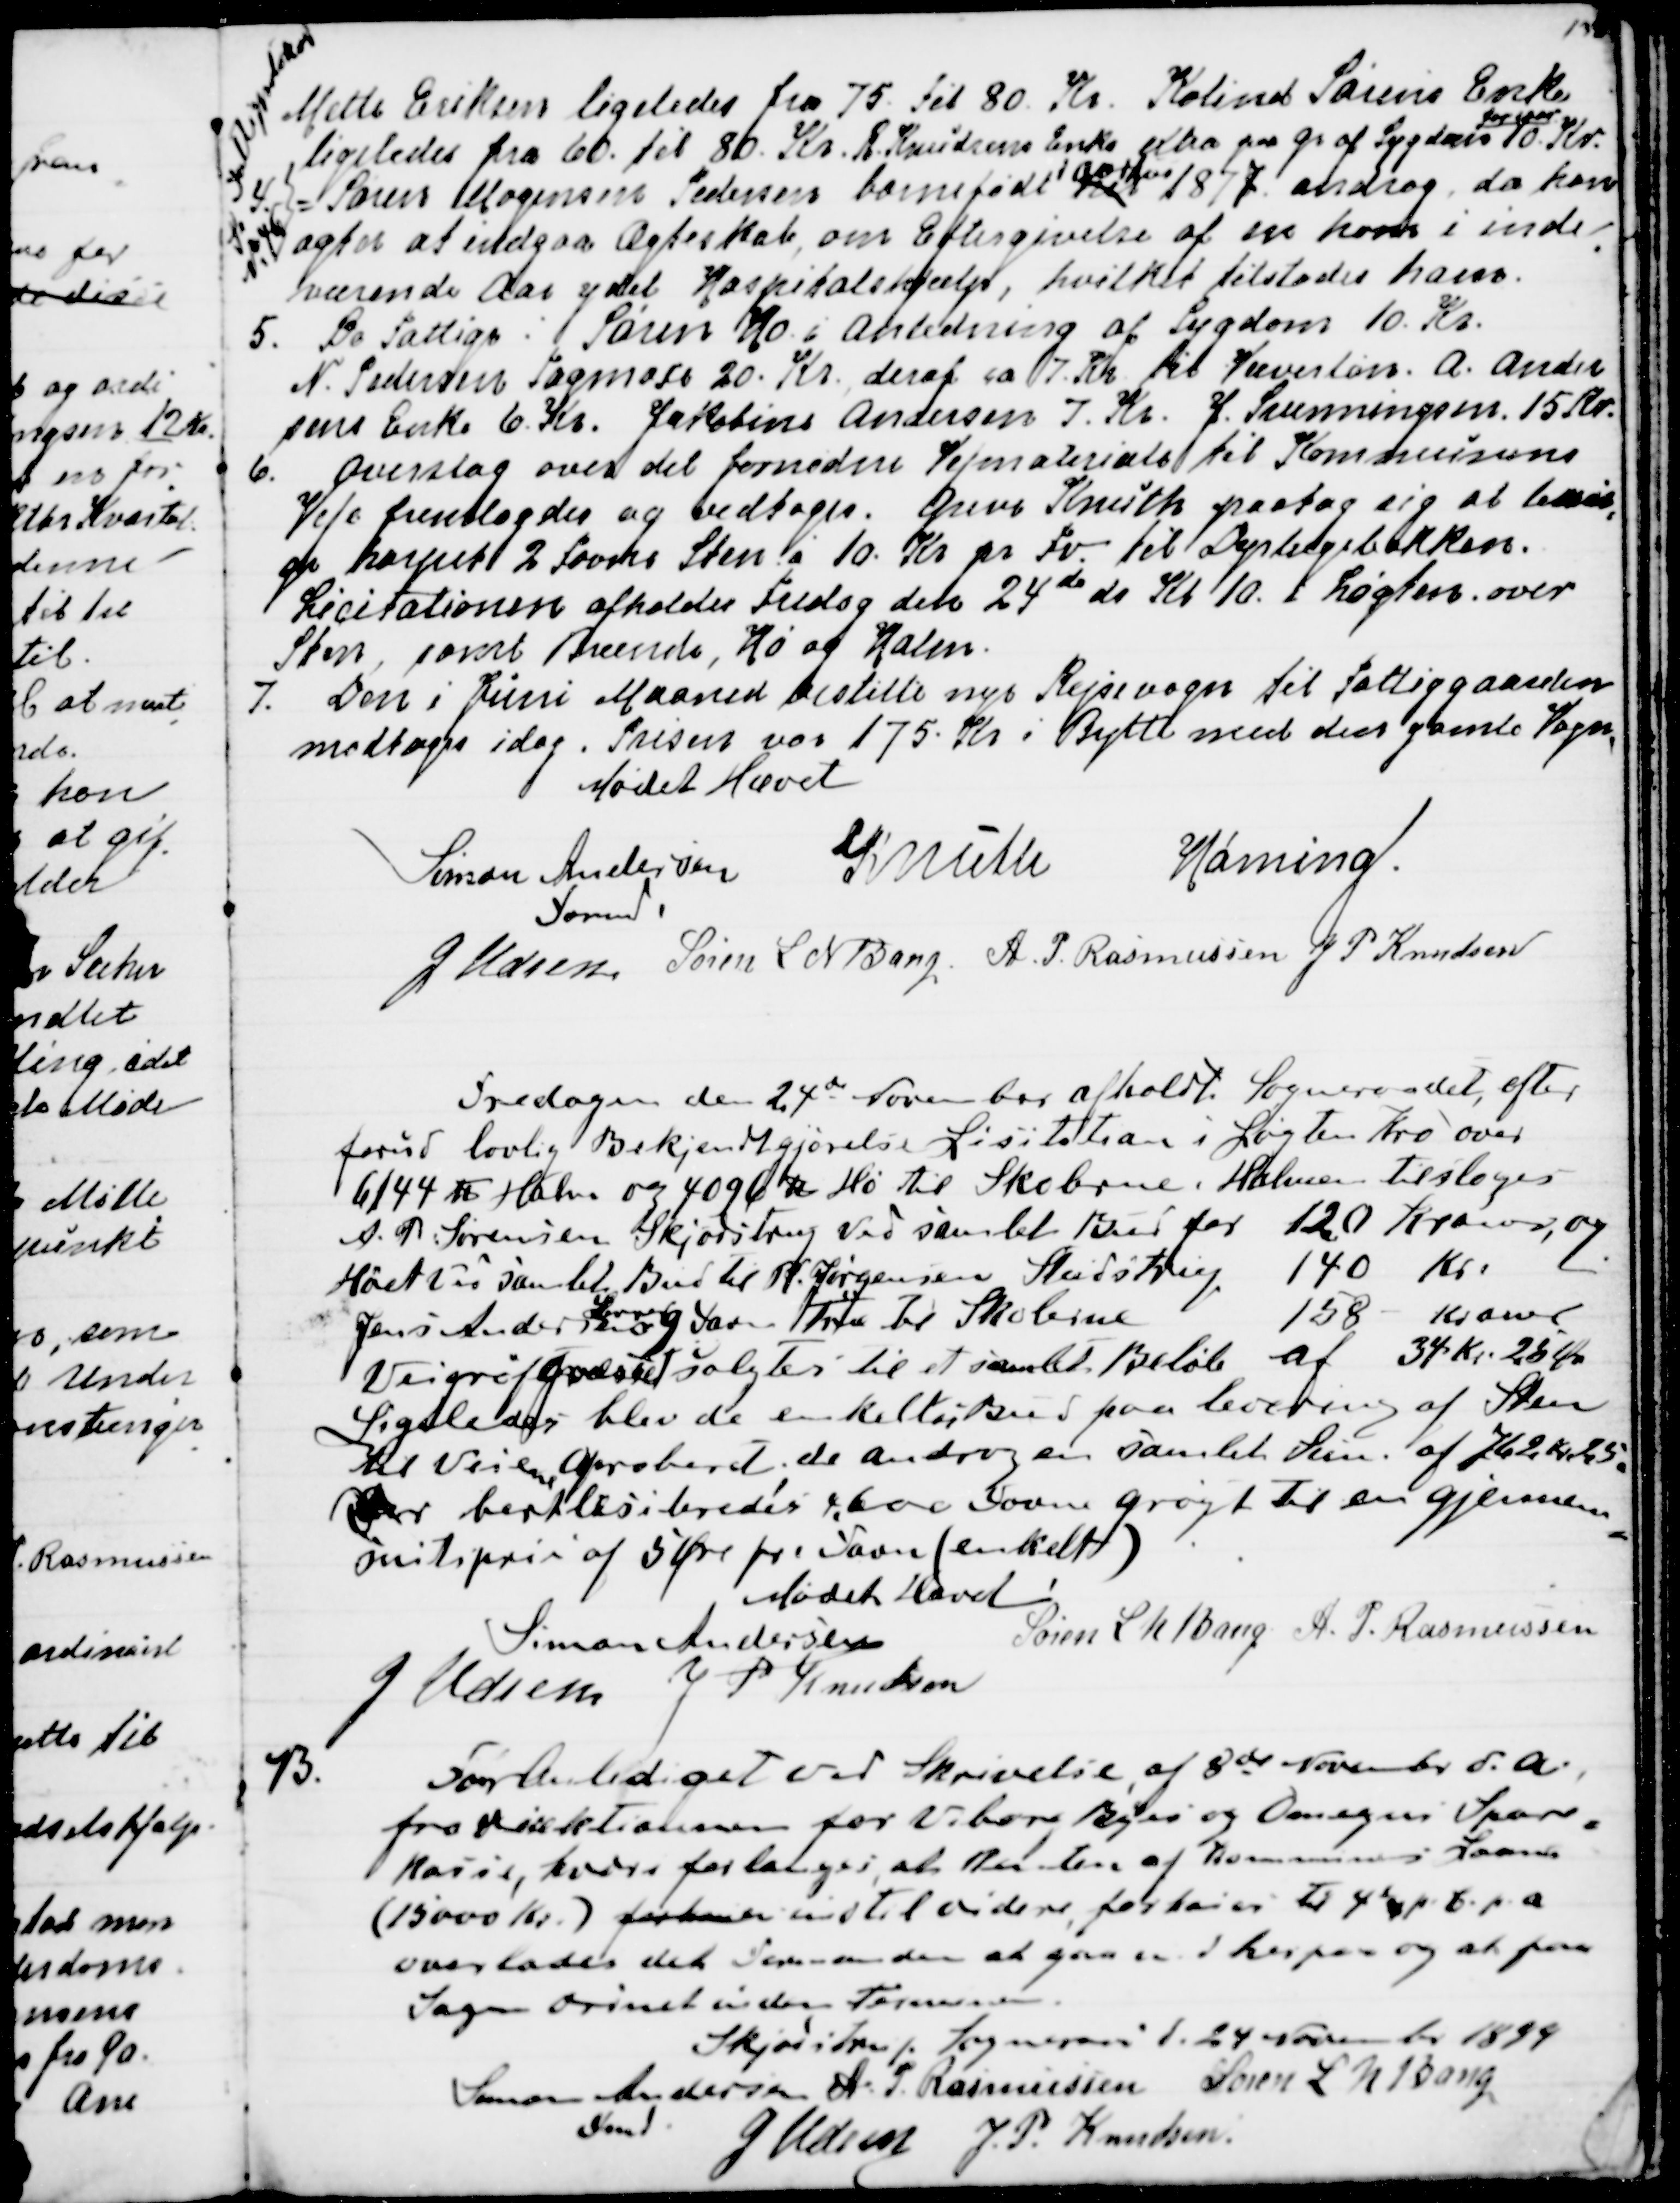
Transskription:
Mette Eriksen ligeledes fra 75. til 8o. Kr. Kolind Sørens Enke
ligeledes fra 60. til 80. Kr. R. Knudsens Enke extra paa gr af Sygdom
for iaar
10. Kr.
Fattigprotokol
Jr
№ 46
4. Søren Mogensen Pedersen barnefødt her
i Aarhus
1877 androg, da han
agter at indgaa Ægteskab, om Eftergivelse af en ham i inde
=
værende Aar ydet Hospitalshjælp, hvilket tilstodes ham.
5. De Fattige: Søren Ho i Anledning af Sygdom 10. Kr.
N. Pedersen Tagmose 20. Kr deraf ca 7. Kr til Væverløn. A. Ander
sens Enke 6. Kr. Jakobine Andersen 7. Kr. J. Svenningsen 15 Kr.
6. Overslag over det fornødne Vejmateriale til Kommunens
Veje fremlagdes og vedtoges. Greve Knuth paatog sig at besør
=
ge harpet 2 Favne Sten á 10. Kr pr. Fv. til Dyrlægebakken.
Licitationen afholdes Fredag den 24de ds Kl 10 i Løgten over
Sten, samt Brænde, Hø og Halm.
7. Den i Juni Maaned bestilte nye Rejsevogn til Fattiggaarden
modtoges idag. Prisen var 175. Kr i Bytte med den gamle Vogn.
Mødet Hævet
Simon Andersen
Fmd.
Knuth
Hørning.
J Udsen
Søren L N Bang.
A. P. Rasmussen
J. P. Knudsen

Fredagen den 24de November afholdt Sogneraadet, efter
forud lovlig Bekjendtgjørelse Lisitation i Løgten Kro over
6144 ℔ Halm og 4096 ℔ Hø til Skolerne. Halmen tilsloges
A. P. Sørensen Skjødstrup ved samlet Bud for 120 Kroner og
Høet i samlet Bud til R. Jørgensen Studstrup 140 Kr.
Jens Andersen 
leverer
9 Favne Træ til Skolerne 158 Kroner
Vejgrøftgræsset solgtes til et samlet Beløb af 34. Kr. 25 Øre
Ligeledes blev de enkelte Bud paa levering af Sten
til Veiene aproberet, de androg en samlet Sum af 762 Kr 25.
Der bortlisiteredes c 600 Favne Grøft  til en gjennem
=
snitspris af 5 Øre pr. Favn (enkelt)
Mødet Hævet
Simon Andersen
Søren L N Bang
A. P. Rasmussen
J Udsen
J P Knudsen

13.
Foranlediget ved Skrivelse af 8de November d.A.
fra Direktionen for Viborg Byes og Omegns Spare
=
kasse, hvori forlanges, at Renten af Kommunens Laan
(15000 Kr.) forhøies indtil videre forhøies til 4½ p.C.p.A.
overlades det Formanden at gaa ind herpaa og at faa
Sagen ordnet inden Terminen.
Skjødstrup Sogneraad 24 November 1899
Simon Andersen
Fmd
A. P. Rasmussen
Søren L N Bang
J Udsen
J. P. Knudsen